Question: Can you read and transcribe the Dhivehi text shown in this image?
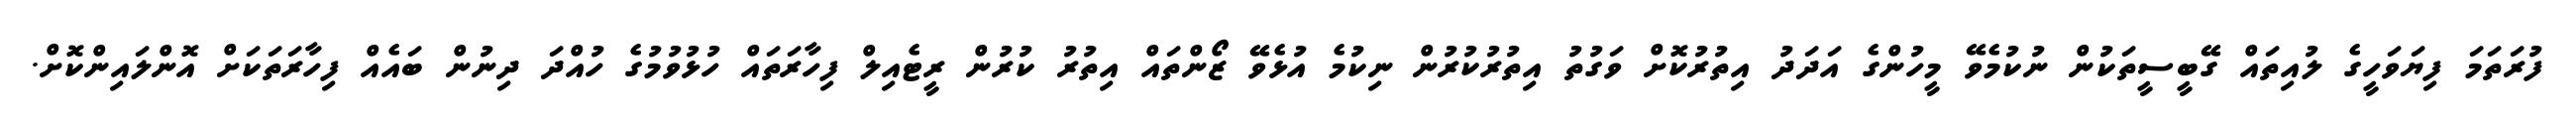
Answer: ފުރަތަމަ ފިޔަވަހީގެ ލުއިތައް ގޭބީސީތަކުން ނުކުމެވޭ މީހުންގެ އަދަދު އިތުރުކޮށް ވަގުތު އިތުރުކުރުން ނިކުމެ އުޅެވޭ ޒޯންތައް އިތުރު ކުރުން ރީޓެއިލް ފިހާރަތައް ހުޅުވުމުގެ ހުއްދަ ދިނުން ބައެއް ފިހާރަތަކަށް އޮންލައިންކޮށް.